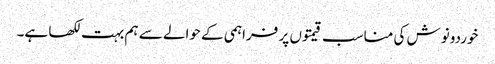
خوردونوش کی مناسب قیمتوں پر فراہمی کے حوالے سے ہم بہت لکھا ہے۔